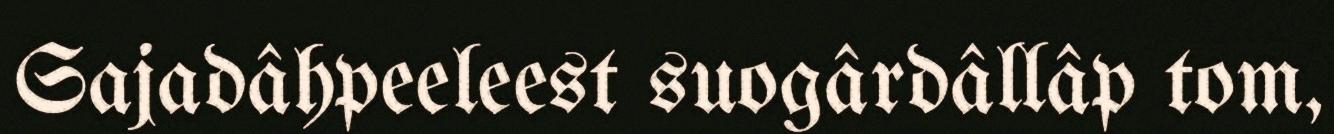
Sajadâhpeeleest suogârdâllâp tom,